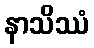
နာသိဿံ